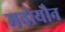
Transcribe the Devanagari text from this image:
मनोयौन